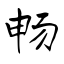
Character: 畅